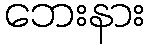
ဘေးနား